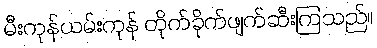
မီးကုန်ယမ်းကုန် တိုက်ခိုက်ဖျက်ဆီးကြသည်။